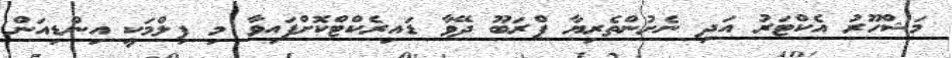
މަޝްހޫރު އެކްޓަރު އަދި ނެށުންތެރިޔާ ޕްރަބޫ ދޭވާ ޑައިރެކްޓްކޮށްފައިވާ މި ފިލްމަކީ އިންޑިއަން